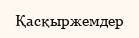
Қасқыржемдер